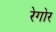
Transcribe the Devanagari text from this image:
रेगोर